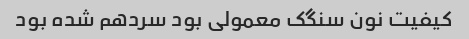
کیفیت نون سنگک معمولی بود سردهم شده بود